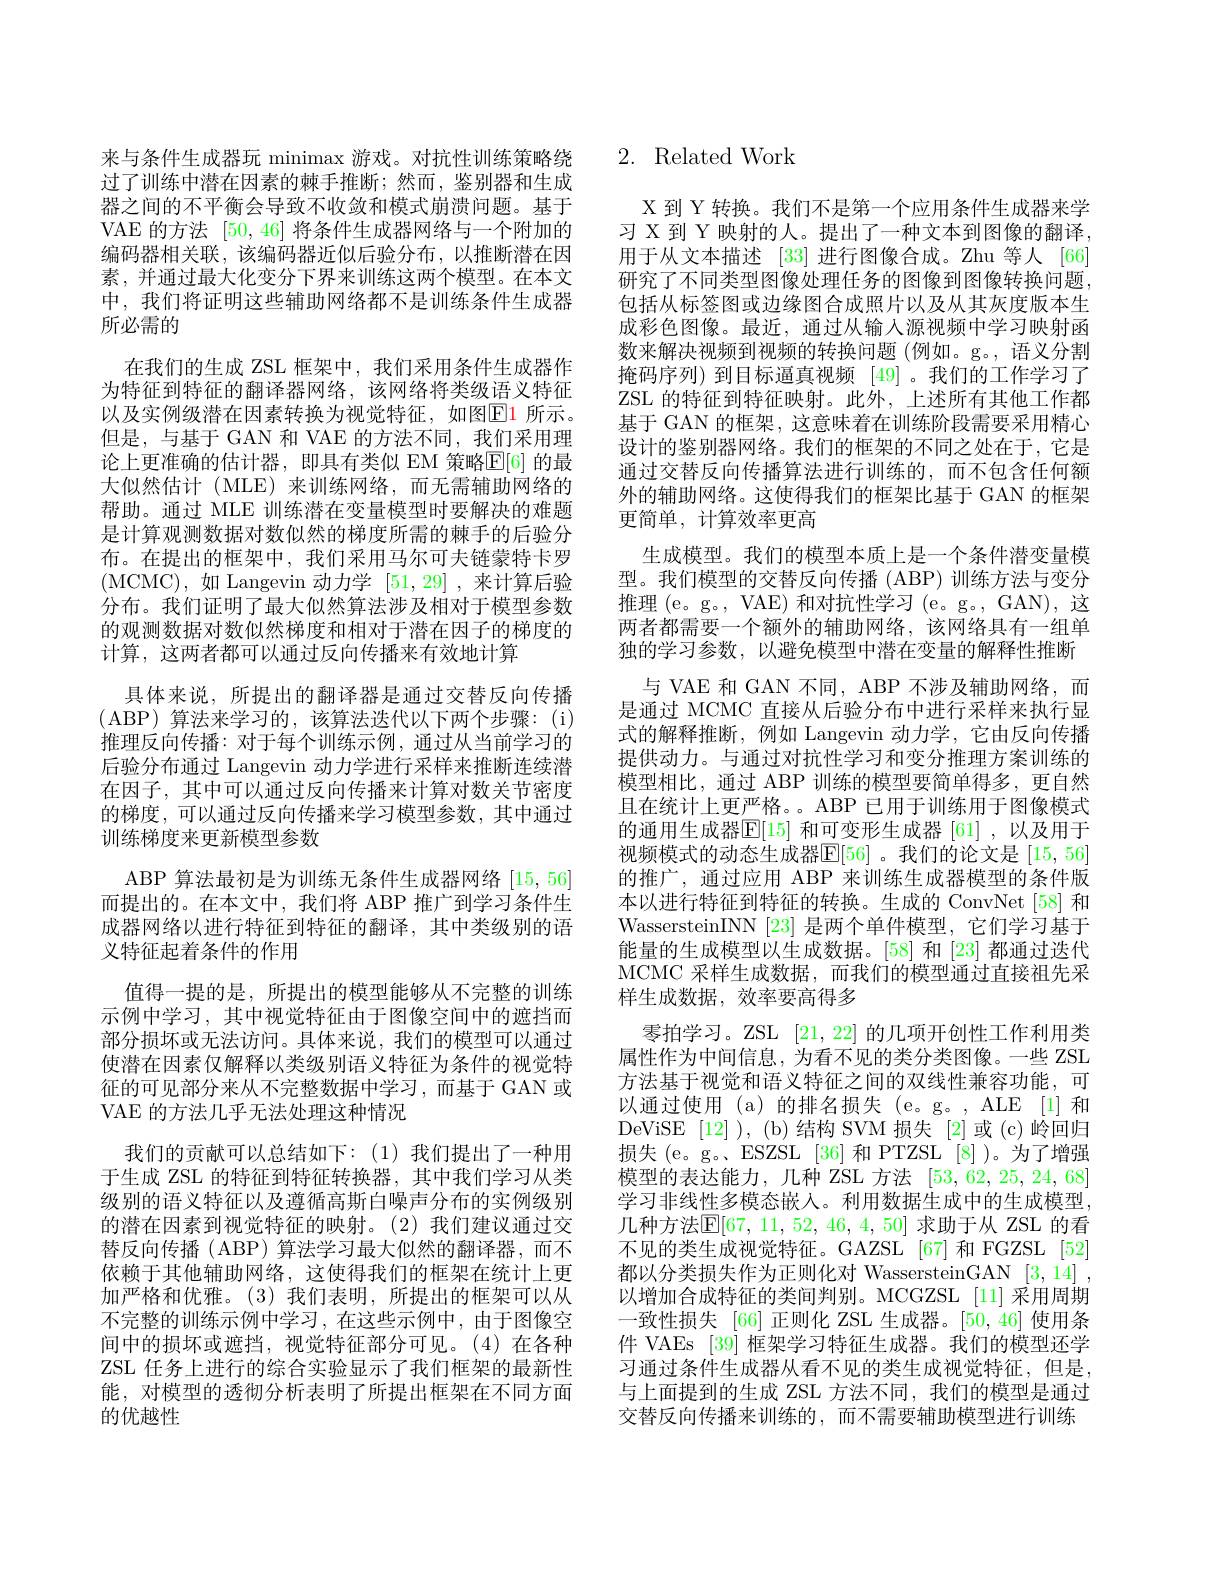
来与条件生成器玩 minimax 游戏。对抗性训练策略绕过了训练中潜在因素的棘手推断；然而，鉴别器和生成器之间的不平衡会导致不收敛和模式崩溃问题。基于VAE 的方法[50,46]将条件生成器网络与一个附加的编码器相关联，该编码器近似后验分布，以推断潜在因素，并通过最大化变分下界来训练这两个模型。在本文中，我们将证明这些辅助网络都不是训练条件生成器所必需的
在我们的生成 ZSL 框架中，我们采用条件生成器作为特征到特征的翻译器网络，该网络将类级语义特征以及实例级潜在因素转换为视觉特征，如图$\color{red}{\boxed{\mathrm{E}}}\color{red}{1}$ 所示。但是，与基于 GAN 和 VAE 的方法不同，我们采用理论上更准确的估计器，即具有类似 EM 策略$\mathbb{E}[6]$ 的最大似然估计(MLE)来训练网络，而无需辅助网络的帮助。通过 MLE 训练潜在变量模型时要解决的难题是计算观测数据对数似然的梯度所需的棘手的后验分布。在提出的框架中，我们采用马尔可夫链蒙特卡罗(MCMC),如 Langevin 动力学[51,29] ,来计算后验分布。我们证明了最大似然算法涉及相对于模型参数的观测数据对数似然梯度和相对于潜在因子的梯度的计算，这两者都可以通过反向传播来有效地计算
具体来说，所提出的翻译器是通过交替反向传播(ABP)算法来学习的，该算法迭代以下两个步骤：(i) 推理反向传播：对于每个训练示例，通过从当前学习的后验分布通过 Langevin 动力学进行采样来推断连续潜在因子，其中可以通过反向传播来计算对数关节密度的梯度，可以通过反向传播来学习模型参数，其中通过训练梯度来更新模型参数
ABP 算法最初是为训练无条件生成器网络[15,56] 而提出的。在本文中，我们将 ABP 推广到学习条件生成器网络以进行特征到特征的翻译，其中类级别的语义特征起着条件的作用
值得一提的是，所提出的模型能够从不完整的训练示例中学习，其中视觉特征由于图像空间中的遮挡而部分损坏或无法访问。具体来说，我们的模型可以通过使潜在因素仅解释以类级别语义特征为条件的视觉特征的可见部分来从不完整数据中学习，而基于 GAN 或VAE 的方法几乎无法处理这种情况
我们的贡献可以总结如下：(1)我们提出了一种用于生成 ZSL 的特征到特征转换器，其中我们学习从类级别的语义特征以及遵循高斯白噪声分布的实例级别的潜在因素到视觉特征的映射。(2)我们建议通过交替反向传播 ( ABP) 算法学习最大似然的翻译器，而不依赖于其他辅助网络，这使得我们的框架在统计上更加严格和优雅。(3)我们表明，所提出的框架可以从不完整的训练示例中学习，在这些示例中，由于图像空间中的损坏或遮挡，视觉特征部分可见。(4)在各种ZSL 任务上进行的综合实验显示了我们框架的最新性能，对模型的透彻分析表明了所提出框架在不同方面的优越性

# 2. Related Work

X 到 Y 转换。我们不是第一个应用条件生成器来学习 X 到 Y 映射的人。提出了一种文本到图像的翻译用于从文本描述 [33] 进行图像合成。Zhu 等人 [66] 研究了不同类型图像处理任务的图像到图像转换问题包括从标签图或边缘图合成照片以及从其灰度版本生成彩色图像。最近，通过从输入源视频中学习映射函数来解决视频到视频的转换问题(例如。g。, 语义分割掩码序列) 到目标逼真视频[49] 。我们的工作学习了ZSL 的特征到特征映射。此外，上述所有其他工作都基于 GAN 的框架，这意味着在训练阶段需要采用精心设计的鉴别器网络。我们的框架的不同之处在于，它是通过交替反向传播算法进行训练的，而不包含任何额外的辅助网络。这使得我们的框架比基于 GAN 的框架更简单，计算效率更高
生成模型。我们的模型本质上是一个条件潜变量模型。我们模型的交替反向传播 (ABP) 训练方法与变分推理 (e。g。, VAE) 和对抗性学习 (e。g。, GAN), 这两者都需要一个额外的辅助网络，该网络具有一组单独的学习参数，以避免模型中潜在变量的解释性推断
与 VAE 和 GAN 不同，ABP 不涉及辅助网络，而是通过 MCMC 直接从后验分布中进行采样来执行显式的解释推断，例如 Langevin 动力学，它由反向传播提供动力。与通过对抗性学习和变分推理方案训练的模型相比，通过 ABP 训练的模型要简单得多，更自然且在统计上更严格。。ABP 已用于训练用于图像模式的通用生成器$\mathbb{E}[15]$和可变形生成器[61],以及用于视频模式的动态生成器$\mathbb{E}[56]$ 。我们的论文是 [15,56] 的推广，通过应用 ABP 来训练生成器模型的条件版本以进行特征到特征的转换。生成的 ConvNet [58] 和WassersteinINN [23] 是两个单件模型，它们学习基于能量的生成模型以生成数据。[58] 和 [23] 都通过迭代MCMC 采样生成数据，而我们的模型通过直接祖先采样生成数据，效率要高得多
零拍学习。ZSL [21,22]的几项开创性工作利用类属性作为中间信息，为看不见的类分类图像。一些 ZSL 方法基于视觉和语义特征之间的双线性兼容功能，可以通过使用 (a)的排名损失 (e。g。, ALE [1] 和DeViSE [12] ), (b)结构 SVM 损失[2]或 (c)岭回归损失(e。g。ESZSL[36]和 PTZSL[8])。为了增强模型的表达能力，几种 ZSL 方法[53,62,25,24,68] 学习非线性多模态嵌入。利用数据生成中的生成模型， 几种方法$\mathbb{E}[67,11,52,46,4,50]$ 求助于从 ZSL 的看不见的类生成视觉特征。GAZSL [67] 和 FGZSL [52] 都以分类损失作为正则化对 WassersteinGAN [3,14] , 以增加合成特征的类间判别。MCGZSL[11] 采用周期一致性损失 [66] 正则化 ZSL 生成器。[50,46] 使用条件 VAEs [39] 框架学习特征生成器。我们的模型还学习通过条件生成器从看不见的类生成视觉特征，但是， 与上面提到的生成 ZSL 方法不同，我们的模型是通过交替反向传播来训练的，而不需要辅助模型进行训练